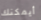
أيمكنك